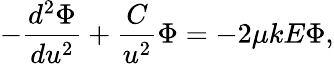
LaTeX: -\frac{d^{2}\Phi}{du^{2}}+\frac{C}{u^{2}}\Phi=-2\mu kE\Phi,